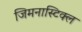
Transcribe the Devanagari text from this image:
जिमनास्टिक्ल